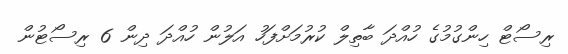
ރިސޯޓް ހިންގުމުގެ ހުއްދަ ބާތިލް ކުރުމަށްފަހު އަލުން ހުއްދަ ދިން 6 ރިސޯޓުން